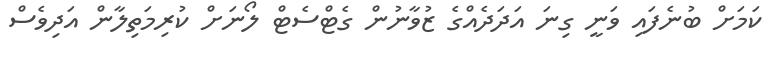
ކަމަށް ބުނެފައި ވަނީ ގިނަ އަދަދެއްގެ ޒުވާނުން ގެޓްސެޓް ލޯނަށް ކުރިމަތިލާން އަދިވެސް